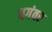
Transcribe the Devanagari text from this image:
धगंवर